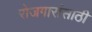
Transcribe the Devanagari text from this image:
रोजगारांसाठी